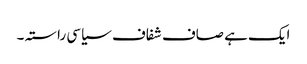
ایک ہے صاف شفاف سیاسی راستہ ۔